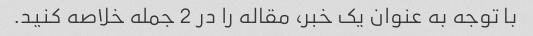
با توجه به عنوان یک خبر، مقاله را در 2 جمله خلاصه کنید.